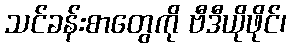
သင်ခန်းစာတွေကို ဗီဒီယိုဖိုင်၊